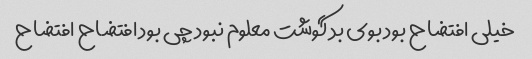
خیلی افتضاح بود بوی بد گوشت معلوم نبود چی بود افتضاح افتضاح